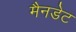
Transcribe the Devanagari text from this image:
मैनडेट